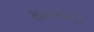
સાહસનો